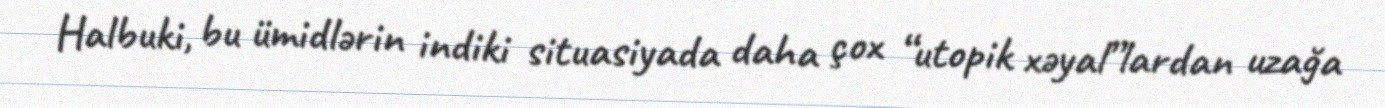
Halbuki, bu ümidlərin indiki situasiyada daha çox “utopik xəyal”lardan uzağa